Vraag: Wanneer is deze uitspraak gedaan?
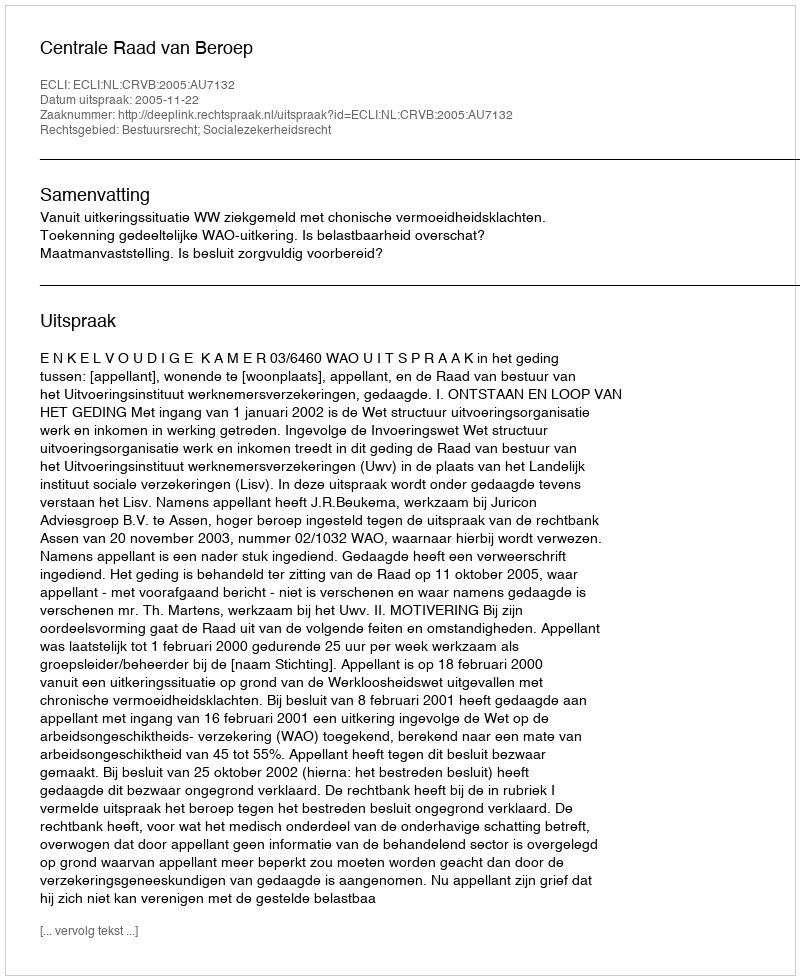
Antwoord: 2005-11-22